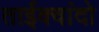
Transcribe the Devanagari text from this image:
ताईक्वांदो